Annual administration report of the Civil Veterinary Department of India - 1896-1897
Year: 1896
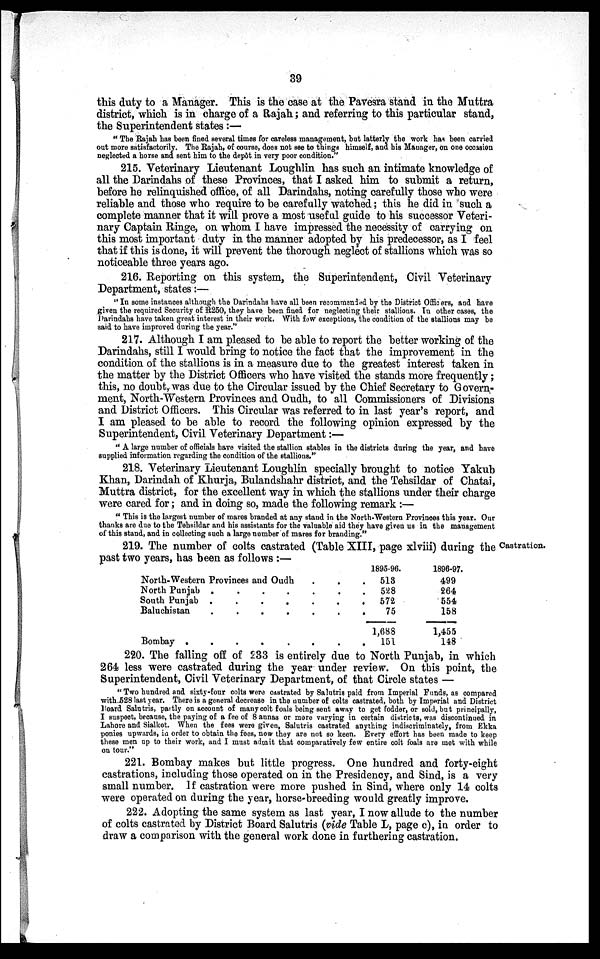
39
this duty to a Manager. This is the case at the Pavesra stand in the Muttra
district, which is in charge of a Rajah; and referring to this particular stand,
the Superintendent states:—
"The Rajah has been fined several times for careless management, but latterly the work has been carried
out more satisfactorily. The Rajah, of course, does not see to things himself, and his Manager, on one occasion
neglected a horse and sent him to the depôt in very poor condition."
215. Veterinary Lieutenant Loughlin has such an intimate knowledge of
all the Darindahs of these Provinces, that I asked him to submit a return,
before he relinquished office, of all Darindahs, noting carefully those who were
reliable and those who require to be carefully watched; this he did in such a
complete manner that it will prove a most useful guide to his successor Veteri-
nary Captain Ringe, on whom I have impressed the necessity of carrying on
this most important duty in the manner adopted by his predecessor, as I feel
that if this is done, it will prevent the thorough neglect of stallions which was so
noticeable three years ago.
216. Reporting on this system, the Superintendent, Civil Veterinary
Department, states:—
"In some instances although the Darindahs have all been recommended by the District Officers, and have
given the required Security of R250, they have been fined for neglecting their stallions. In other cases, the
Darindahs have taken great interest in their work. With few exceptions, the condition of the stallions may be
said to have improved during the year."
217. Although I am pleased to be able to report the better working of the
Darindahs, still I would bring to notice the fact that the improvement in the
condition of the stallions is in a measure due to the greatest interest taken in
the matter by the District Officers who have visited the stands more frequently;
this, no doubt, was due to the Circular issued by the Chief Secretary to Govern-
ment, North-Western Provinces and Oudh, to all Commissioners of Divisions
and District Officers. This Circular was referred to in last year's report, and
I am pleased to be able to record the following opinion expressed by the
Superintendent, Civil Veterinary Department:—
"A large number of officials have visited the stallion stables in the districts during the year, and have
supplied information regarding the condition of the stallions."
218. Veterinary Lieutenant Loughlin specially brought to notice Yakub
Khan, Darindah of Khurja, Bulandshahr district, and the Tehsildar of Chatai,
Muttra district, for the excellent way in which the stallions under their charge
were cared for; and in doing so, made the following remark:—
"This is the largest number of mares branded at any stand in the North-Western Provinces this year. Our
thanks are due to the Tehsildar and his assistants for the valuable aid they have given us in the management
of this stand, and in collecting such a large number of mares for branding."
Castration.
219. The number of colts castrated (Table XIII, page xlviii) during the
past two years, has been as follows:—
North-Western Provinces and Oudh
North Punjab .
.
.
.
.
.
.
South Punjab .
.
.
.
.
.
.
Baluchistan
.
.
.
.
.
.
.
Bombay .
.
.
.
.
.
.
.
1895-96.
518
528
572
75
1,688
151
1896-97.
499
264
554
158
1,455
148
220. The falling off of 233 is entirely due to North Punjab, in which
264 less were castrated during the year under review. On this point, the
Superintendent, Civil Veterinary Department, of that Circle states —
"Two hundred and sixty-four colts were castrated by Salutris paid from Imperial Funds, as compared
with 528 last year. There is a general decrease in the number of colts castrated, both by Imperial and District
Board Salutris, partly on account of many colt foals being sent away to get fodder, or sold, but principally,
I suspect, because, the paying of a fee of 8 annas or more varying in certain districts, was discontinued in
Lahore and Sialkot. When the fees were given, Salutris castrated anything indiscriminately, from Ekka
ponies upwards, in order to obtain the fees, now they are not so keen. Every effort has been made to keep
these men up to their work, and I must admit that comparatively few entire colt foals are met with while
on tour."
221. Bombay makes but little progress. One hundred and forty-eight
castrations, including those operated on in the Presidency, and Sind, is a very
small number. If castration were more pushed in Sind, where only 14 colts
were operated on during the year, horse-breeding would greatly improve.
222. Adopting the same system as last year, I now allude to the number
of colts castrated by District Board Salutris (vide Table L, page c), in order to
draw a comparison with the general work done in furthering castration.